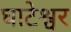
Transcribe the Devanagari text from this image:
घाटेश्वर